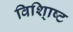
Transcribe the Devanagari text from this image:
विशि्ाष्ट